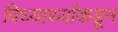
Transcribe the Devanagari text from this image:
विध्यार्थ्याकडून